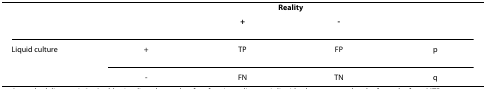
|  |  | <COLSPAN=2> Reality |  |
 |  |  | + | - |  |
 | --- | --- | --- | --- | --- |
 | Liquid culture | + | TP | FP | p |
 |  | - | FN | TN | q |